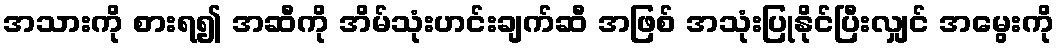
အသားကို စားရ၍ အဆီကို အိမ်သုံးဟင်းချက်ဆီ အဖြစ် အသုံးပြုနိုင်ပြီးလျှင် အမွေးကို